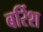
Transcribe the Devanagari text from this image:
बर्रिश